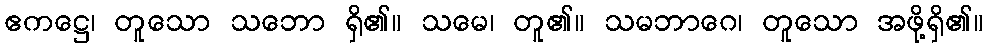
ဧကဋ္ဌေ၊ တူသော သဘော ရှိ၏။ သမေ၊ တူ၏။ သမဘာဂေ၊ တူသော အဖို့ရှိ၏။